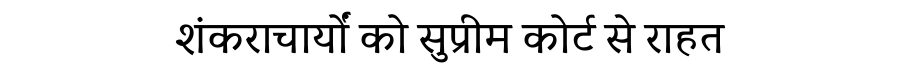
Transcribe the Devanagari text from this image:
शंकराचार्यों को सुप्रीम कोर्ट से राहत